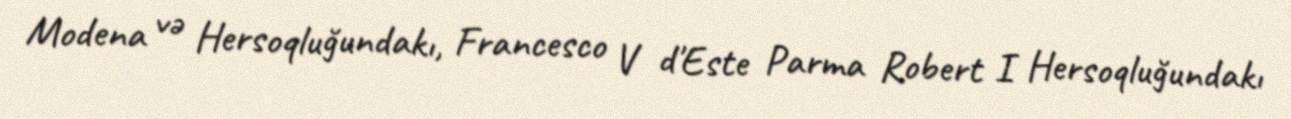
Modena və Hersoqluğundakı, Francesco V d'Este Parma Robert I Hersoqluğundakı